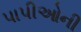
પાપીઓની